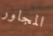
المجاور